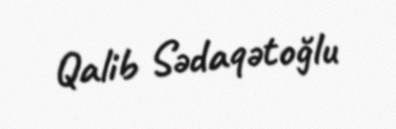
Qalib Sədaqətoğlu